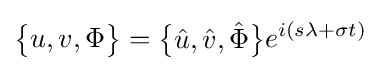
{\begin{Bmatrix}u,v,\Phi \end{Bmatrix}}={\begin{Bmatrix}{\hat {u}},{\hat {v}},{\hat {\Phi }}\end{Bmatrix}}e^{i(s\lambda +\sigma t)}